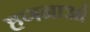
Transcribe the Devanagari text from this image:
हणनाओं